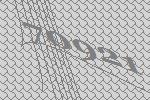
70921